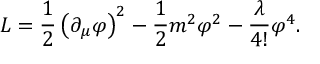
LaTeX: L = \frac { 1 } { 2 } \left( \partial _ { \mu } \varphi \right) ^ { 2 } - \frac { 1 } { 2 } m ^ { 2 } \varphi ^ { 2 } - \frac { \lambda } { 4 ! } \varphi ^ { 4 } .